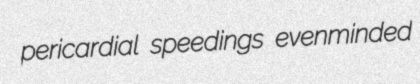
pericardial speedings evenminded